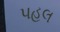
પહલ